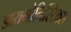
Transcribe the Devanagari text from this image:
डायगोनिस्टिक्‍स